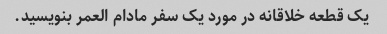
یک قطعه خلاقانه در مورد یک سفر مادام العمر بنویسید.